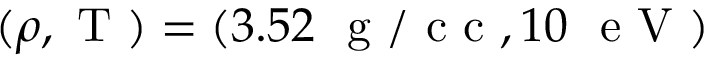
( \rho , \mathrm { ~ T ~ } ) = ( 3 . 5 2 \, \, \mathrm { ~ g ~ / ~ c ~ c ~ } , 1 0 \, \, \mathrm { ~ e ~ V ~ } )